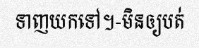
ទាញយកទៅ។-មិនឲ្យបត់